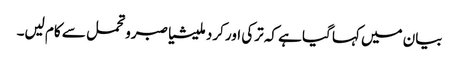
بیان میں کہا گیا ہے کہ ترکی اور کرد ملیشیا صبرو تحمل سے کام لیں۔